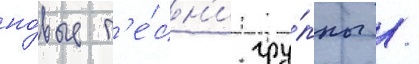
но́вые п'е́сн'и гру́ппы /